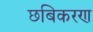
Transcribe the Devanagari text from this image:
छबिकरण